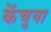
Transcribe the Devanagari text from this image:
केंचुवा